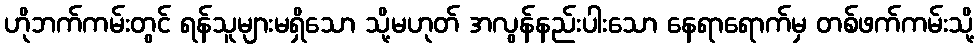
ဟိုဘက်ကမ်းတွင် ရန်သူများမရှိသော သို့မဟုတ် အလွန်နည်းပါးသော နေရာရောက်မှ တစ်ဖက်ကမ်းသို့